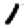
Digit: 1